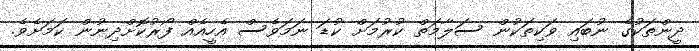
ދީންތަކުގެ ނުބައި ވަކިތަކުން ސަލާމަތް ކުރުމަށް ކުޑަ ނަމަވެސް އެހީއެއް ފޯރުކޮށްދިނުން ކަމަށެވެ.